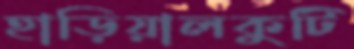
হাড়িয়ালকুটি